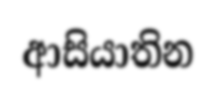
ආසියාතින